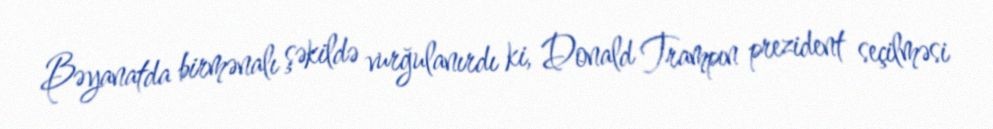
Bəyanatda birmənalı şəkildə vurğulanırdı ki, Donald Trampın prezident seçilməsi